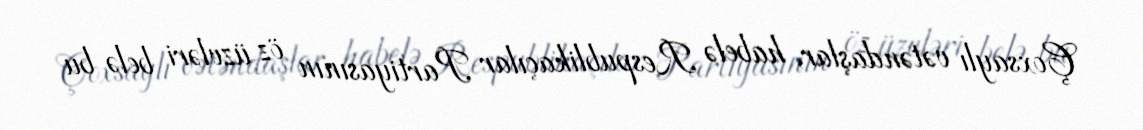
Çoxsaylı vətəndaşlar, habelə Respublikaçılar Partiyasının öz üzvləri belə bu